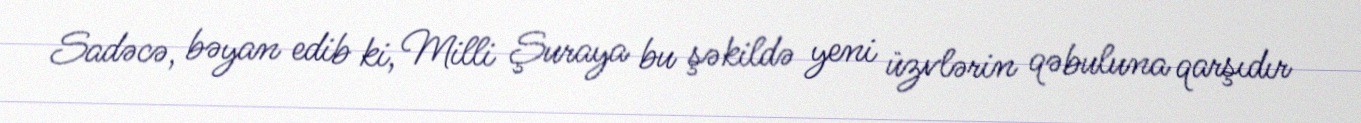
Sadəcə, bəyan edib ki, Milli Şuraya bu şəkildə yeni üzvlərin qəbuluna qarşıdır